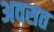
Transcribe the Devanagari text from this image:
अवसत